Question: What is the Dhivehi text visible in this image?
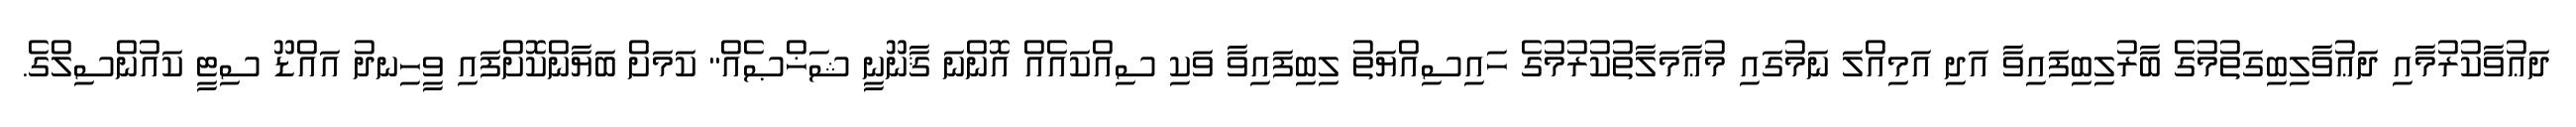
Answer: ދަޢުވާކުރުމާއި ދަޢުވާލިބިގަތުމުގެ ބާރުލިބިފައިވާ އަދި އަމިއްލަ ނަމުގައި މުޢާމަލާތުކުރުމުގެ ހައިސިއްޔަތު ލިބިފައިވާ ވަކި ސިއްކައެއް އޮންނަ ޤާނޫނީ ޝަޚްޞެއް" ކަމަށް ބަޔާންކޮށްފައި ވީހިނދު އައްޑޫ ސިޓީ ކައުންސިލްގެ.